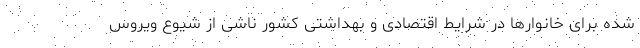
شده برای خانوارها در شرایط اقتصادی و بهداشتی کشور ناشی از شیوع ویروس